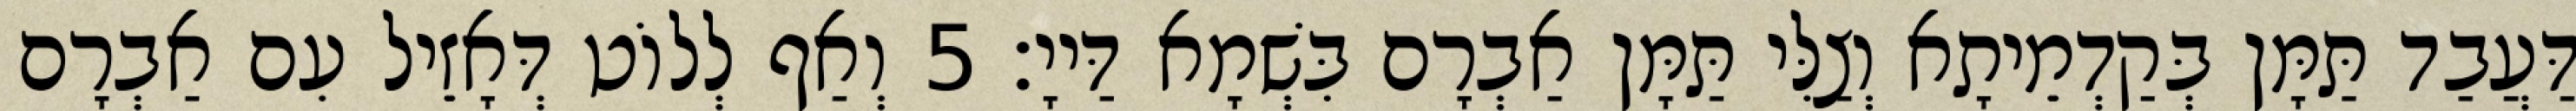
דַּעֲבַד תַּמָּן בְּקַדְמֵיתָא וְצַלִּי תַּמָּן אַבְרָם בִּשְׁמָא דַּייָ׃ 5 וְאַף לְלוֹט דְּאָזֵיל עִם אַבְרָם